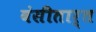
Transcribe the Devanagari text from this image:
वंसीतार्त